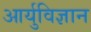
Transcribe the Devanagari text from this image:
आर्युविज्ञान